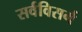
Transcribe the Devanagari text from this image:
सर्वविसर्ग